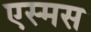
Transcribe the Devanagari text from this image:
एस्मस